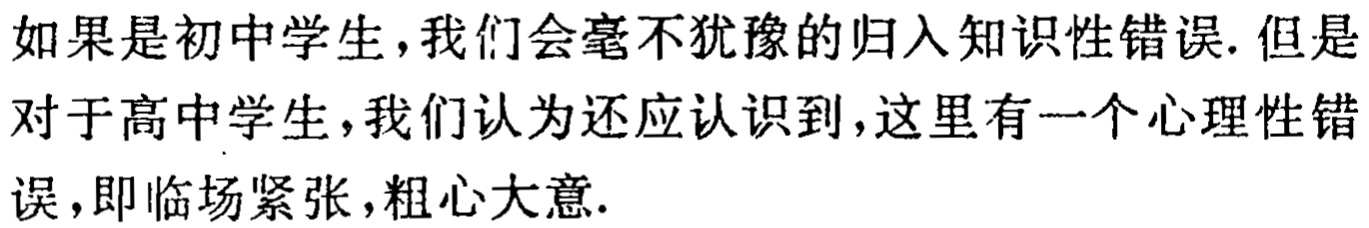
如果是初中学生,我们会毫不犹豫的归入知识性错误.但是对于高中学生,我们认为还应认识到,这里有一个心理性错误,即临场紧张,粗心大意.